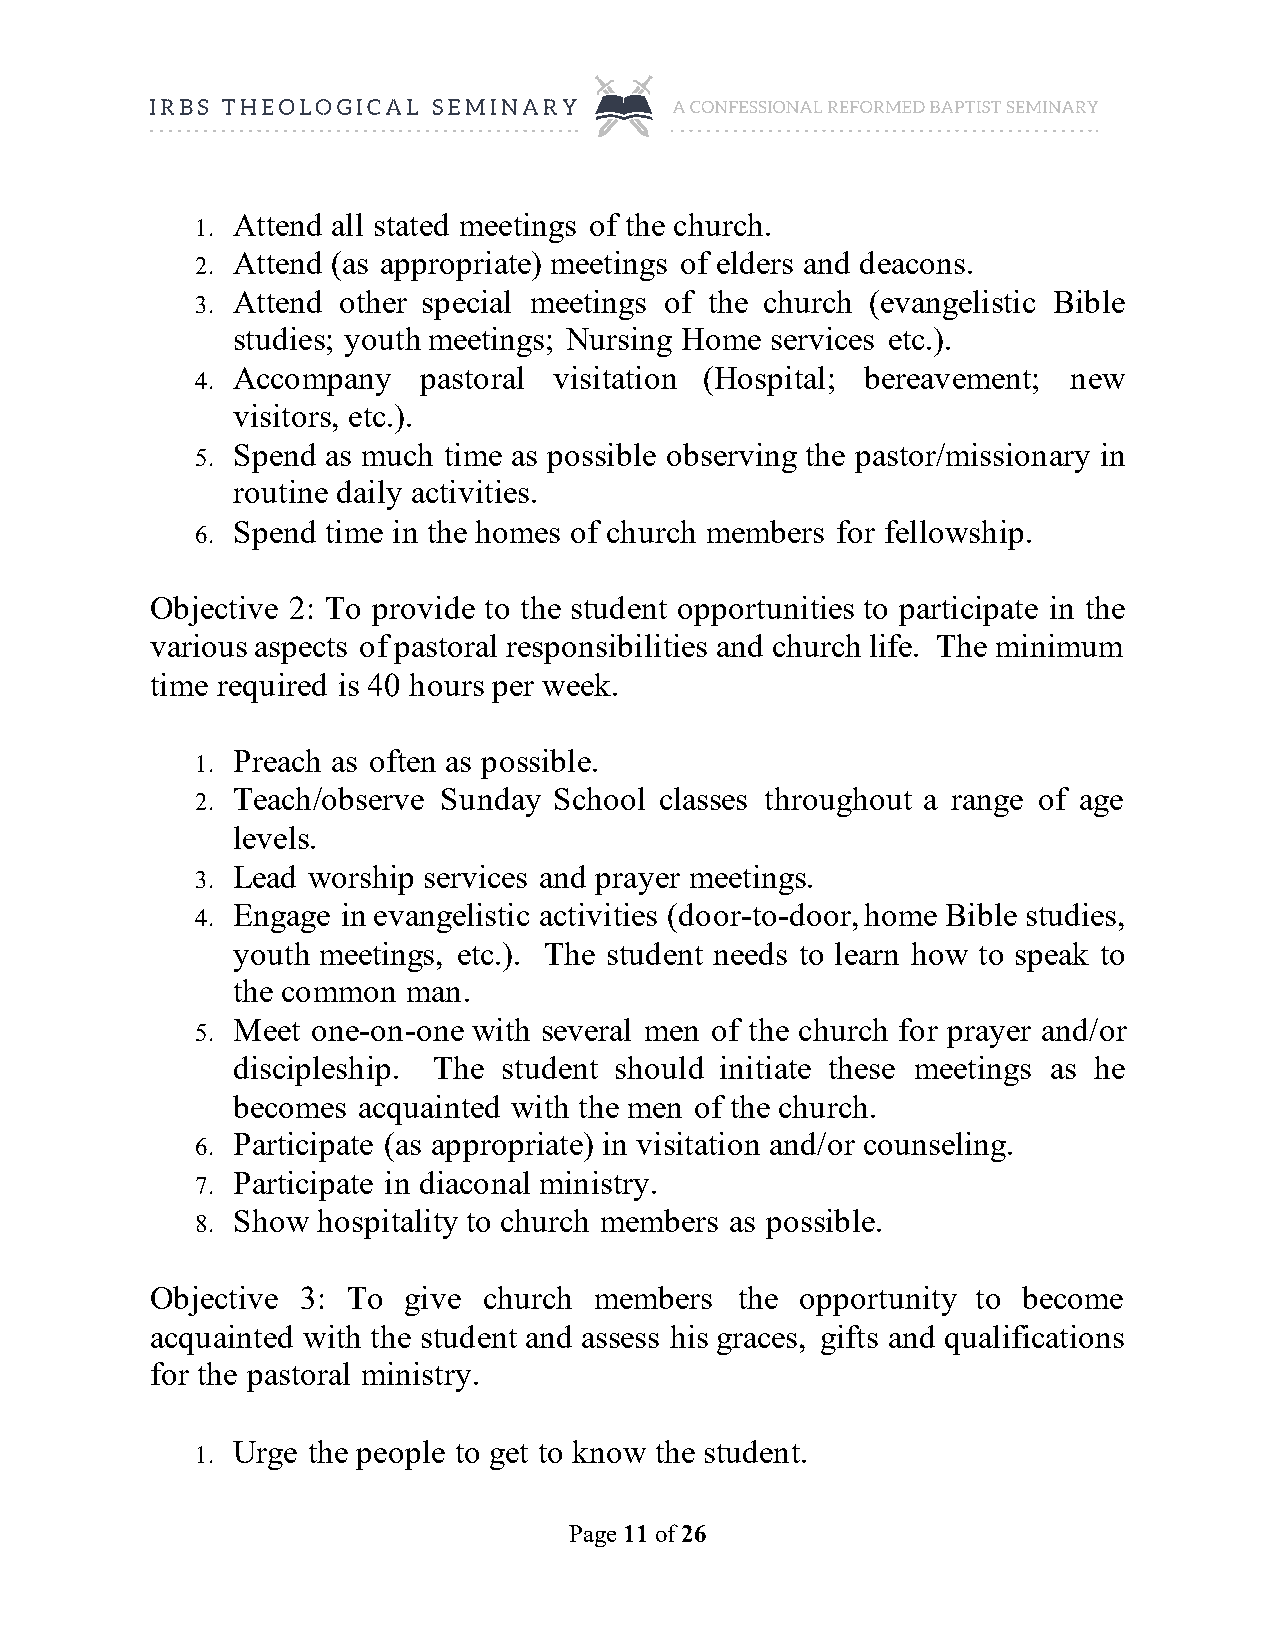
1. Attend all stated meetings of the church.
 2. Attend (as appropriate) meetings of elders and deacons.
 3. Attend other special meetings of the church (evangelistic Bible
 studies; youth meetings; Nursing Home services etc.).
 4. Accompany   pastoral visitation (Hospital; bereavement; new
 visitors, etc.).
 5. Spend as much time as possible observing the pastor/missionary in
 routine daily activities.
 6. Spend time in the homes of church members for fellowship.
 Objective 2: To provide to the student opportunities to participate in the
 various aspects of pastoral responsibilities and church life. The minimum
 time required is 40 hours per week.
 1. Preach as often as possible.
 2. Teach/observe Sunday School classes throughout a range of age
 levels.
 3. Lead worship services and prayer meetings.
 4. Engage in evangelistic activities (door-to-door, home Bible studies,
 youth meetings, etc.). The student needs to learn how to speak to
 the common  man.
 5. Meet one-on-one with several men of the church for prayer and/or
 discipleship. The student should initiate these meetings as he
 becomes  acquainted with the men of the church.
 6. Participate (as appropriate) in visitation and/or counseling.
 7. Participate in diaconal ministry.
 8. Show hospitality to church members as possible.
 Objective 3: To  give church members   the opportunity to become
 acquainted with the student and assess his graces, gifts and qualifications
 for the pastoral ministry.
 1. Urge the people to get to know the student.
 Page 11 of 26